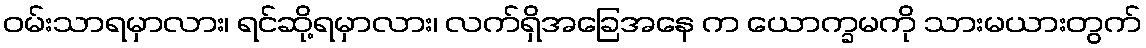
ဝမ်းသာရမှာလား၊ ရင်ဆို့ရမှာလား၊ လက်ရှိအခြေအနေ က ယောက္ခမကို သားမယားတွက်